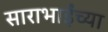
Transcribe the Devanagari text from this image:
साराभाईंच्या